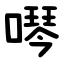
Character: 噖